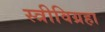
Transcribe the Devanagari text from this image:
स्त्रीविग्रहा